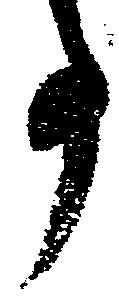
事